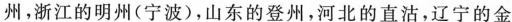
州，浙江的明州(宁波)，山东的登州，河北的直沽，辽宁的金